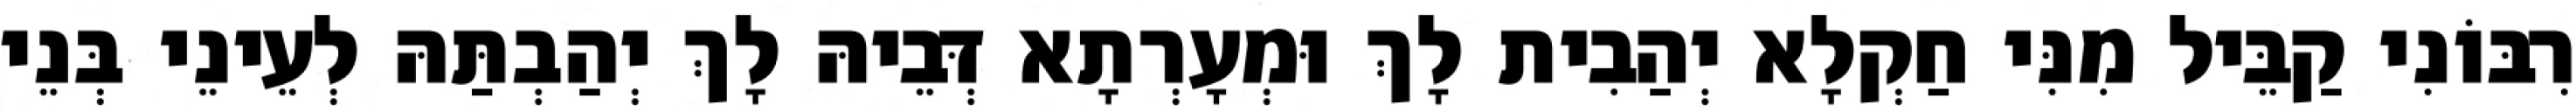
רִבּוֹנִי קַבֵּיל מִנִּי חַקְלָא יְהַבִית לָךְ וּמְעָרְתָא דְּבֵיהּ לָךְ יְהַבְתַּהּ לְעֵינֵי בְּנֵי